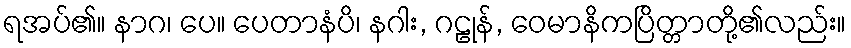
ရအပ်၏။ နာဂ၊ ပေ။ ပေတာနံပိ၊ နဂါး, ဂဠုန်, ဝေမာနိကပြိတ္တာတို့၏လည်း။